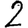
Digit: 2